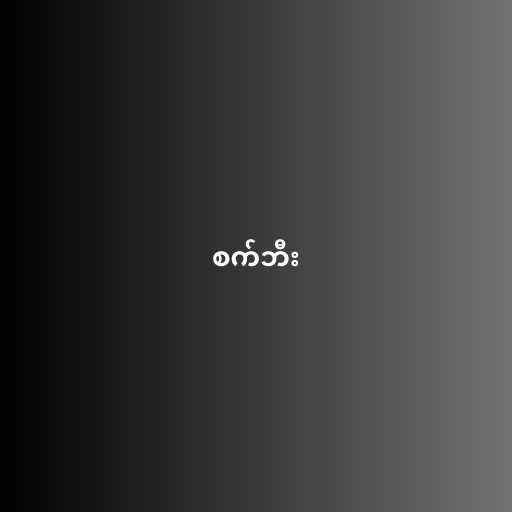
စက်ဘီး